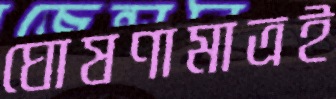
ঘোষণামাত্রই